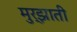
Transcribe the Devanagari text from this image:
मुर्झाती